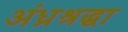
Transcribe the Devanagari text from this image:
अंध्रश्रद्धा